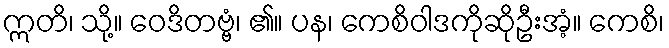
ဣတိ၊ သို့။ ဝေဒိတဗ္ဗံ၊ ၏။ ပန၊ ကေစိဝါဒကိုဆိုဦးအံ့။ ကေစိ၊